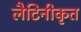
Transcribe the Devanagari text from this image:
लैटिनीकृत